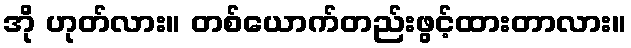
အို ဟုတ်လား။ တစ်ယောက်တည်းဖွင့်ထားတာလား။